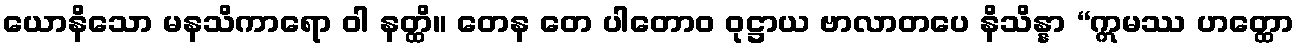
ယောနိသော မနသိကာရော ဝါ နတ္ထိ။ တေန တေ ပါတောဝ ဝုဋ္ဌာယ ဗာလာတပေ နိသိန္နာ “ဣမဿ ဟတ္ထော